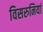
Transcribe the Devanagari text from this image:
विसरुनियां